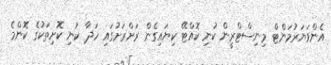
އެންވަޔަރުމަންޓް މިނިސްޓްރީން ކުނި ކޮއްޓޭ ކިޔައިގެން ރަށްރަށުގައި ހަދާ ކުނި ކޮށިތަކުގެ ކޮންމެ